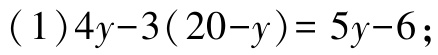
(1)\(4y - 3(20 - y)=5y - 6\);